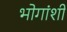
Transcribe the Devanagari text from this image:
भोगांशी